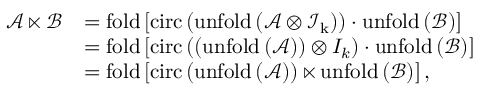
\begin{array} { r l } { \mathcal { A } \ltimes \mathcal { B } } & { = \mathrm { f o l d } \left[ \mathrm { c i r c } \left( \mathrm { u n f o l d \left( \mathcal { A } \otimes \mathcal { I } _ { k } \right) } \right) \cdot \mathrm { u n f o l d } \left( \mathcal { B } \right) \right] } \\ & { = \mathrm { f o l d } \left[ \mathrm { c i r c } \left( \left( \mathrm { u n f o l d } \left( \mathcal { A } \right) \right) \otimes { I } _ { k } \right) \cdot \mathrm { u n f o l d } \left( \mathcal { B } \right) \right] } \\ & { = \mathrm { f o l d } \left[ \mathrm { c i r c } \left( \mathrm { u n f o l d \left( \mathcal { A } \right) } \right) \ltimes \mathrm { u n f o l d } \left( \mathcal { B } \right) \right] , } \end{array}